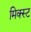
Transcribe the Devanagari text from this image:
मिक्स्ट